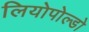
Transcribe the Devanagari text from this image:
लियोपोल्डो